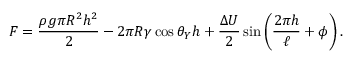
{ \cal F } = \frac { \rho { g } \pi { R ^ { 2 } h ^ { 2 } } } { 2 } - 2 \pi { R } \gamma \cos \theta _ { Y } h + \frac { \Delta U } { 2 } \sin \left( \frac { 2 \pi h } { \ell } + \phi \right) .